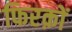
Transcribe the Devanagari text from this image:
फिरक़ों